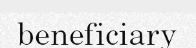
beneficiary